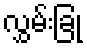
လွှမ်းခြုံ